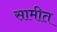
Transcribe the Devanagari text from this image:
सामीत